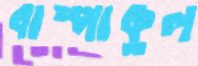
বাষ্পাকুল